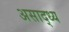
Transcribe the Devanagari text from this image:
असाद्ध्य